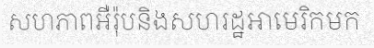
សហភាពអឺរ៉ុបនិងសហរដ្ឋអាមេរិកមក